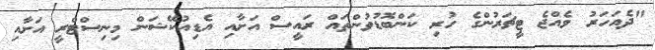
"ދެއަހަރު ވެއްޖެ ޓީޗަރުންގެ ހުރި ކަންބޮޑުވުންތައް ރައީސް އަށާއި އެޑިއުކޭޝަން މިނިސްޓްރީ އަށާއި